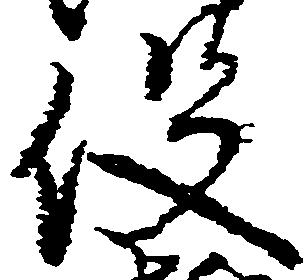
役